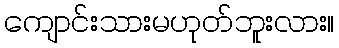
ကျောင်းသားမဟုတ်ဘူးလား။